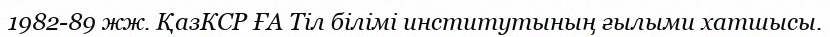
1982-89 жж. ҚазКСР ҒА Тіл білімі институтының ғылыми хатшысы.